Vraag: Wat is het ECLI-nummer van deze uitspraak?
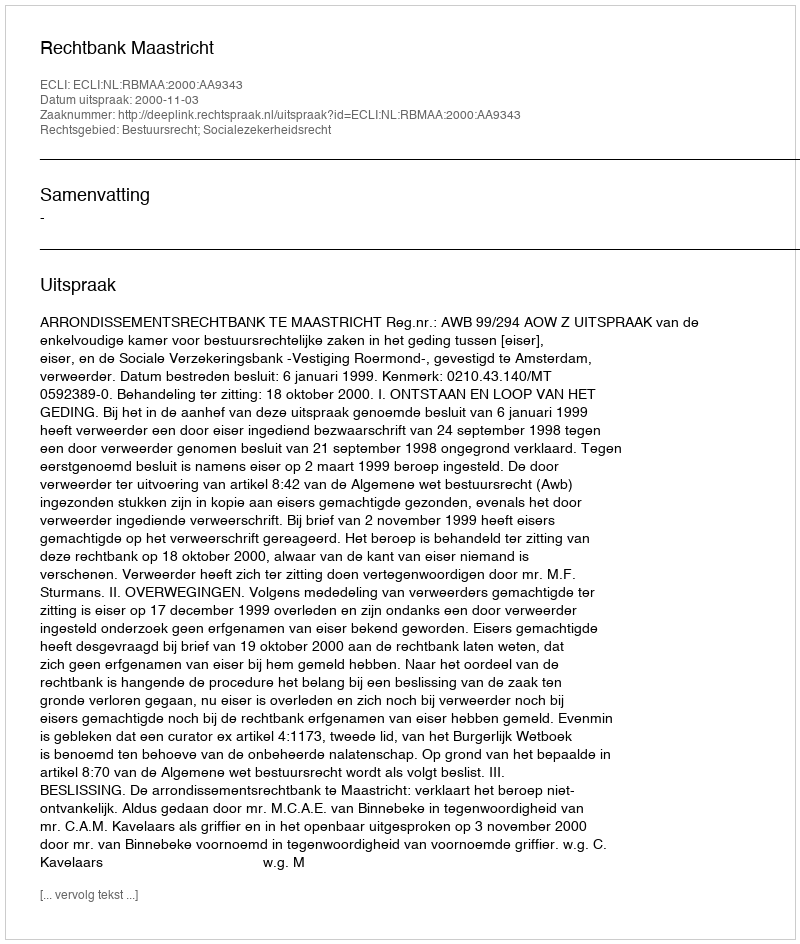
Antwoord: ECLI:NL:RBMAA:2000:AA9343